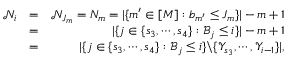
\begin{array} { r l r } { \mathscr { N } _ { i } } & { = } & { \mathscr { N } _ { J _ { m } } = N _ { m } = | \{ m ^ { \prime } \in [ M ] : b _ { m ^ { \prime } } \leq J _ { m } \} | - m + 1 } \\ & { = } & { | \{ j \in \{ s _ { 3 } , \cdots , s _ { 4 } \} : \mathscr { B } _ { j } \leq i \} | - m + 1 } \\ & { = } & { | \{ j \in \{ s _ { 3 } , \cdots , s _ { 4 } \} : \mathscr { B } _ { j } \leq i \} \backslash \{ \mathscr { Y } _ { s _ { 3 } } , \cdots , \mathscr { Y } _ { i - 1 } \} | , } \end{array}